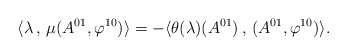
\begin{align*}\langle \lambda\,,\,\mu(A^{01},\varphi^{10})\rangle=-\langle \theta(\lambda)(A^{01})\,,\,(A^{01},\varphi^{10})\rangle.\end{align*}